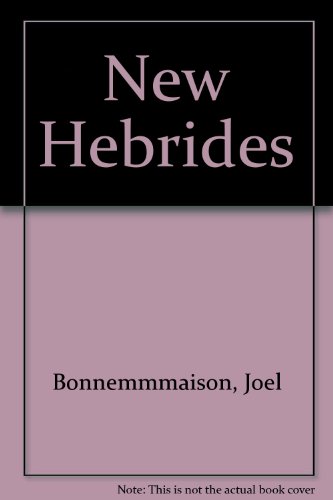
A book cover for New Hebrides; Bernard Hermann; Travel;